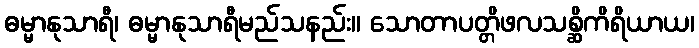
ဓမ္မာနုသာရီ၊ ဓမ္မာနုသာရီမည်သနည်း။ သောတာပတ္တိဖလသစ္ဆိကိရိယာယ၊